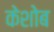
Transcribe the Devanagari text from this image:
केशोब